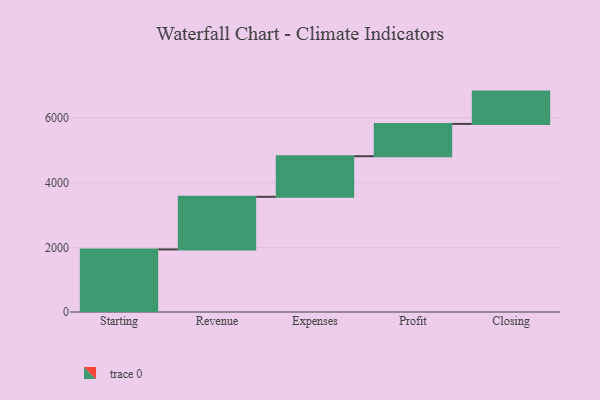
{"axis": {"x": "Step", "y": "Value"}, "legend": [""], "data": [{"x": "Starting", "y": 1937.0, "type": ""}, {"x": "Revenue", "y": 1628.0, "type": ""}, {"x": "Expenses", "y": 1256.0, "type": ""}, {"x": "Profit", "y": 1000, "type": ""}, {"x": "Closing", "y": 1000, "type": ""}]}